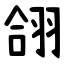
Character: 翖